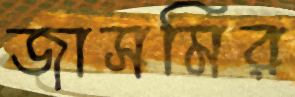
জাসমির